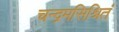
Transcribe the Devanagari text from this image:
चन्द्रमसिश्रितं